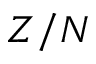
Z / N